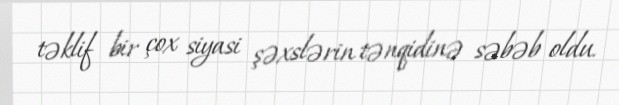
təklif bir çox siyasi şəxslərin tənqidinə səbəb oldu.